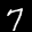
Label: 7